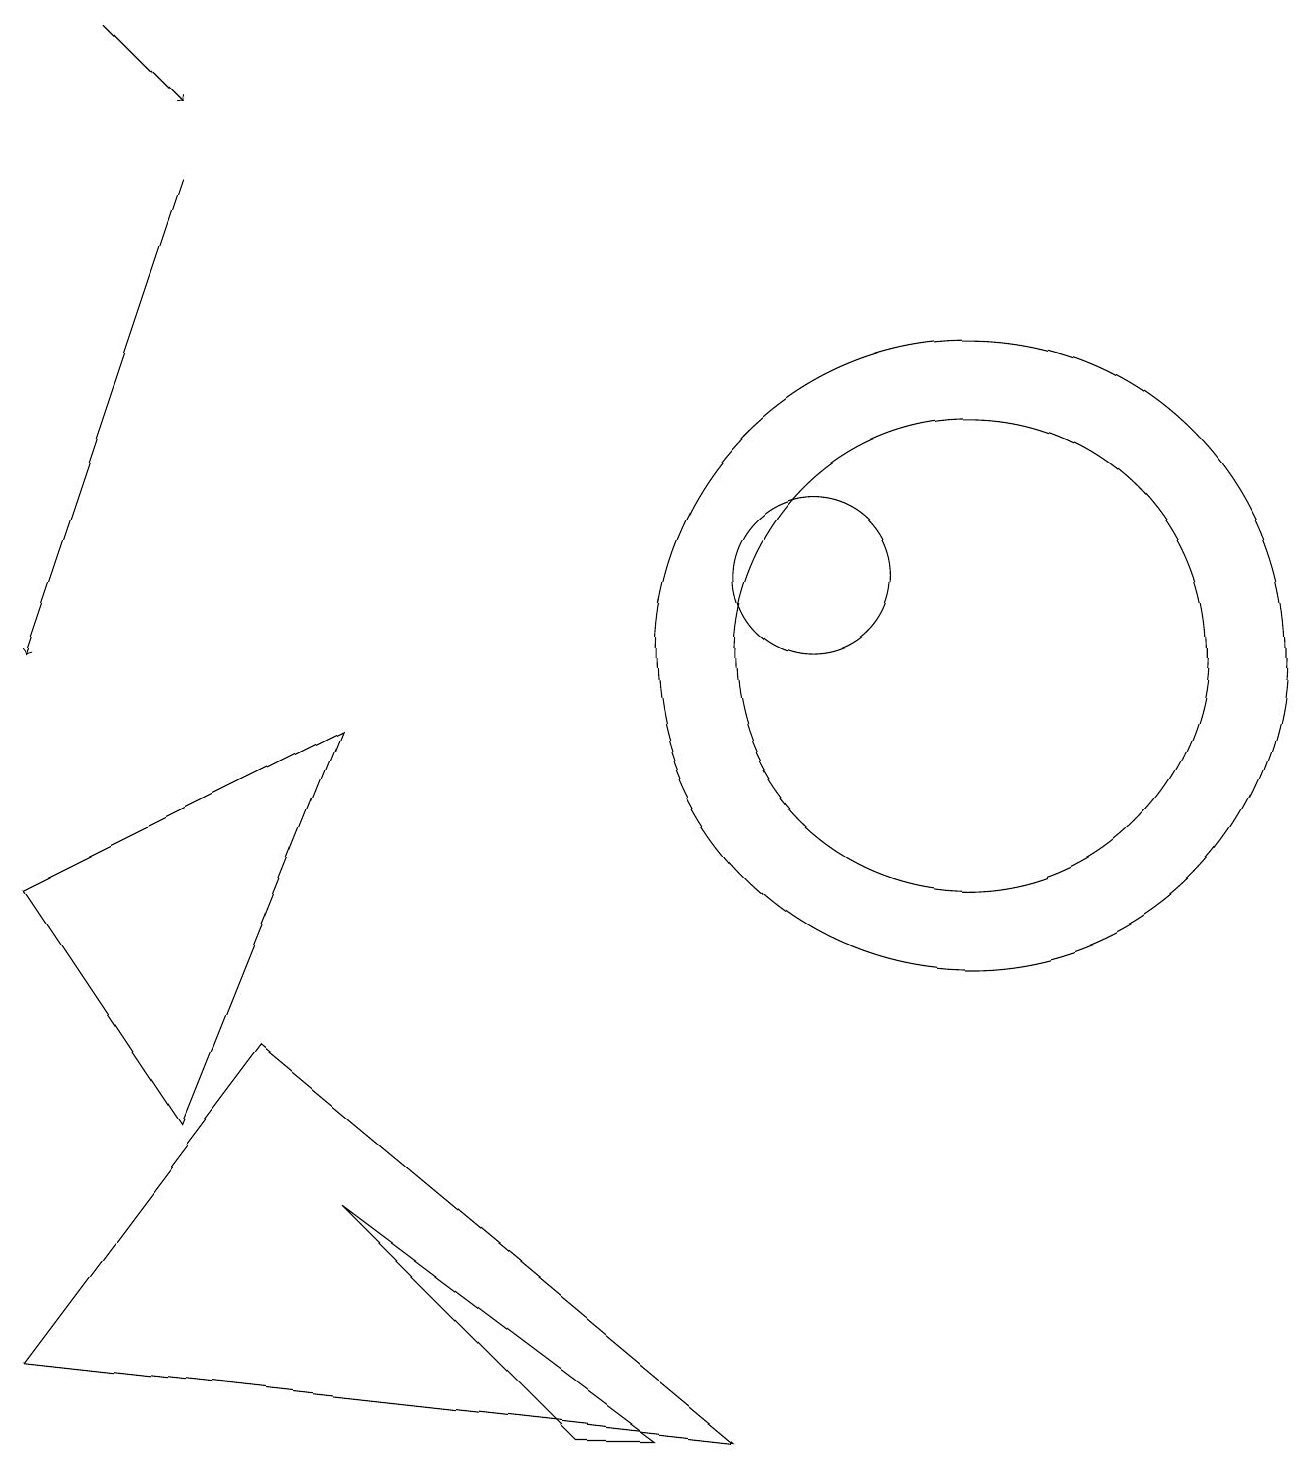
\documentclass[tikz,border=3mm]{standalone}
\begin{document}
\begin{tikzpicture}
\draw[->] (2,16) -- (0,10);
\draw (10,11) circle (1);
\draw (8,0) -- (4,3) -- (7,0) -- cycle;
\draw[->] (1,18) -- (2,17);
\draw (9,0) -- (3,5) -- (0,1) -- cycle;
\draw (12,10) circle (4);
\draw (12,10) circle (3);
\draw (0,7) -- (4,9) -- (2,4) -- cycle;
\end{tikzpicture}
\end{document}